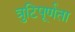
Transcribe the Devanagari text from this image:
त्रुटिपूर्णता